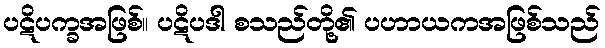
ပဋိပက္ခအဖြစ်။ ပဋိပဒါ စသည်တို့၏ ပဟာယကအဖြစ်သည်